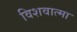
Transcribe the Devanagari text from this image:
विशवात्मा